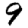
Digit: 9